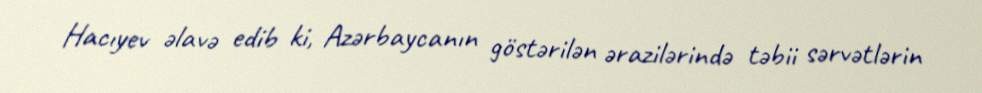
Hacıyev əlavə edib ki, Azərbaycanın göstərilən ərazilərində təbii sərvətlərin